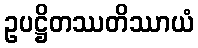
ဥပဋ္ဌိတဿတိဿာယံ